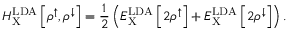
H _ { \mathrm { X } } ^ { \mathrm { L D A } } \left[ \rho ^ { \uparrow } , \rho ^ { \downarrow } \right] = \frac { 1 } { 2 } \left( E _ { \mathrm { X } } ^ { \mathrm { L D A } } \left[ 2 \rho ^ { \uparrow } \right] + E _ { \mathrm { X } } ^ { \mathrm { L D A } } \left[ 2 \rho ^ { \downarrow } \right] \right) .